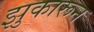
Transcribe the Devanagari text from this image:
झुकारून